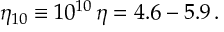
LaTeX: \eta _ { 1 0 } \equiv 1 0 ^ { 1 0 } \, \eta = 4 . 6 - 5 . 9 \, .